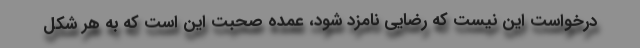
درخواست این نیست که رضایی نامزد شود، عمده‌ صحبت این است که به هر شکل